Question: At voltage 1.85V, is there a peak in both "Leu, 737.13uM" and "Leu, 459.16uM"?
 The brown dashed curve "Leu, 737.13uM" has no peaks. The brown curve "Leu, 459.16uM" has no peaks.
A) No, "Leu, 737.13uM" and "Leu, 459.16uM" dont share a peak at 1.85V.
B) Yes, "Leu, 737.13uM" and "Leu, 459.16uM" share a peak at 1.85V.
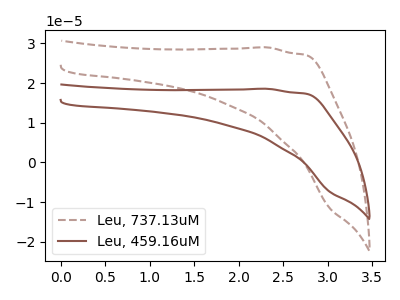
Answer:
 <answer>A) No, "Leu, 737.13uM" and "Leu, 459.16uM" dont share a peak at 1.85V.</answer>
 <eval>A</eval>